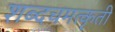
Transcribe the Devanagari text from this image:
शब्दचमत्कृती